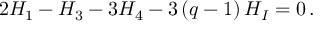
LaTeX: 2 H _ { 1 } - H _ { 3 } - 3 H _ { 4 } - 3 \left( q - 1 \right) H _ { I } = 0 \, .